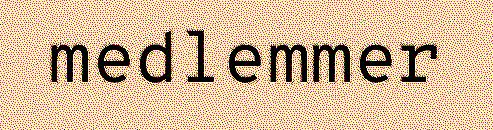
medlemmer